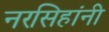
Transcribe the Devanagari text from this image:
नरसिहांनी